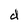
Character: d